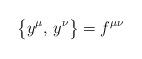
LaTeX: \begin{align*}\bigl\{y^\mu,\,y^\nu\bigr\}=f^{\mu\nu}\end{align*}